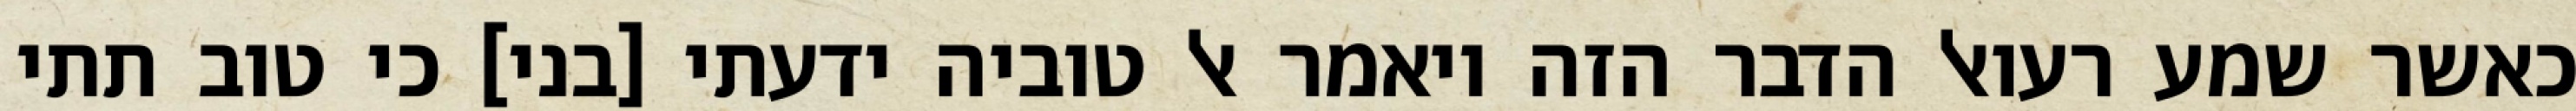
כאשר שמע רעואל הדבר הזה ויאמר אל טוביה ידעתי [בני] כי טוב תתי